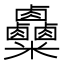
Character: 𥾄